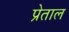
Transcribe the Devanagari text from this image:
प्रेताल